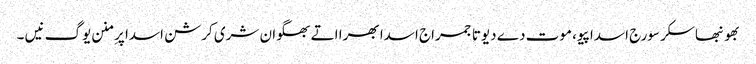
بھونبھاسکر سورج اسدا پیو، موت دے دیوتا جمراج اسدا بھرا اتے بھگوان شری کرشن اسدا پرِ منن یوگ نیں ۔